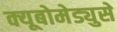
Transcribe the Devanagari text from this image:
क्यूबोमेड्युसे